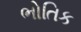
ભોતિક